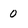
Character: 0